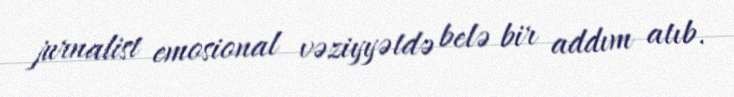
jurnalist emosional vəziyyətdə belə bir addım atıb.